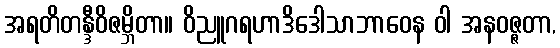
အရတိတန္ဒီဝိဇမ္ဘိတာ။ ဝိညူဂရဟာဒိဒေါသာဘာဝေန ဝါ အနဝဇ္ဇတာ,